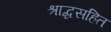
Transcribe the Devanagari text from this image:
श्राद्धसहित